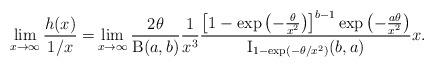
LaTeX: \begin{align*}\lim_{x\to\infty}\frac{h(x)}{1/x}=&\lim_{x\to\infty}\frac{2\theta}{\operatorname{B}(a,b)}\frac{1}{x^3}\frac{\left[ 1-\exp\left(-\frac{\theta}{x^2}\right) \right]^{b-1} \exp\left(-\frac{a\theta}{x^2}\right)}{\operatorname{I}_{1-\exp(-\theta/x^2)}(b,a)}x.\end{align*}